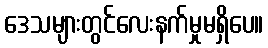
ဒေသများတွင်လေးနက်မှုမရှိပေ။